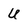
Character: U